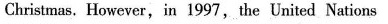
Christmas, However,in 1997,the United Nations